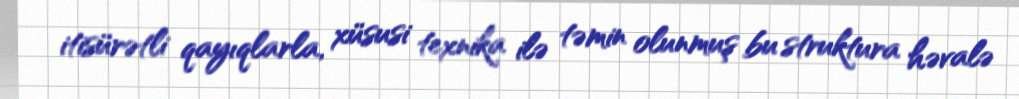
itisürətli qayıqlarla, xüsusi texnika ilə təmin olunmuş bu struktura həvalə